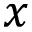
x